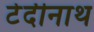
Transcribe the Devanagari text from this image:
टेदीनाथ